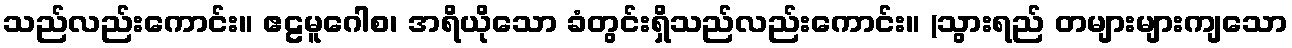
သည်လည်းကောင်း။ ဧဠမူဂေါစ၊ အရိယိုသော ခံတွင်းရှိသည်လည်းကောင်း။ (သွားရည် တများများကျသော